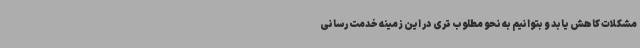
مشکلات کاهش یابد و بتوانیم به نحو مطلوب تری در این زمینه خدمت رسانی